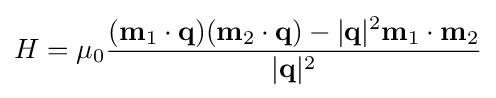
H={\mu _{0}}{\frac {(\mathbf {m} _{1}\cdot \mathbf {q} )(\mathbf {m} _{2}\cdot \mathbf {q} )-|\mathbf {q} |^{2}\mathbf {m} _{1}\cdot \mathbf {m} _{2}}{|\mathbf {q} |^{2}}}